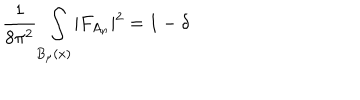
{ \frac { 1 } { 8 \pi ^ { 2 } } } \int _ { B _ { \mu } ( x ) } \vert F _ { A _ { n } } \vert ^ { 2 } = 1 - \delta